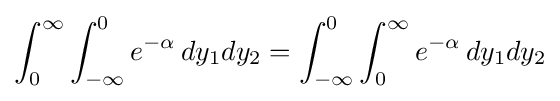
\int _{0}^{\infty }\int _{-\infty }^{0}e^{-\alpha }\,dy_{1}dy_{2}=\int _{-\infty }^{0}\int _{0}^{\infty }e^{-\alpha }\,dy_{1}dy_{2}